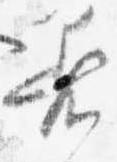
着